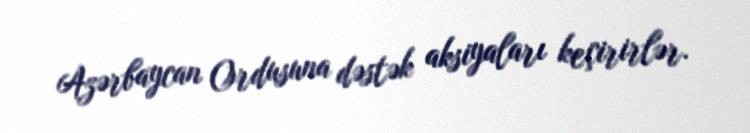
Azərbaycan Ordusuna dəstək aksiyaları keçirirlər.